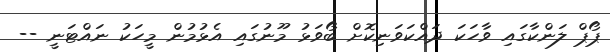
ޕޯޕް ލަންކާގައި ވާހަކަ ދައްކަވަނިކޮށް ބޯވަޅު މޫނުގައި އެޅުމުން މީހަކު ނައްޓަނީ --